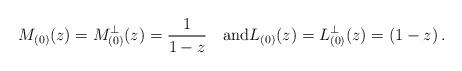
LaTeX: \begin{align*} M_{(0)}(z)=M^\perp_{(0)}(z) = \frac{1}{1-z} \quad\mbox{and}L_{(0)}(z)=L^\perp_{(0)}(z)= (1-z)\,. \end{align*}